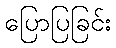
ပြောပြခြင်း